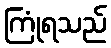
ကြုံရသည်